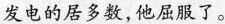
发电的居多数，他屈服了。